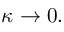
\kappa \to 0 .